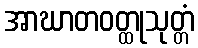
အာဃာတဝတ္ထုသုတ္တံ